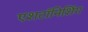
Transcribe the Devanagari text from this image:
एशटॉनिशिंग